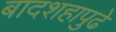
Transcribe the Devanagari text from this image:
बादशहापुढे